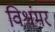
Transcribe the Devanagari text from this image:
विश्वंमर